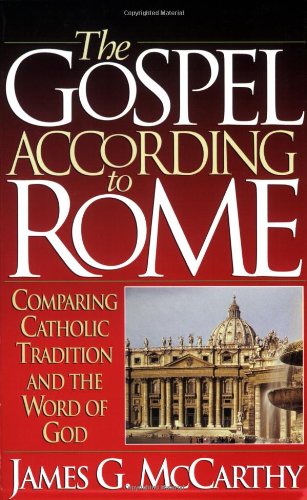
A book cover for The Gospel According to Rome: Comparing Catholic Tradition and the Word of God; James G. McCarthy; Christian Books & Bibles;